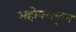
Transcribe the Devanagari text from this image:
अहोबलकृत